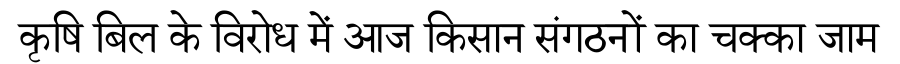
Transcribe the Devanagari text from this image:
कृषि बिल के विरोध में आज किसान संगठनों का चक्का जाम